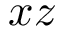
x z